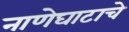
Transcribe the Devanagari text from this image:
नाणेघाटाचे